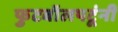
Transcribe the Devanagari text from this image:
फुटबॉलपटूंनी